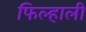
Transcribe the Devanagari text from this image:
फिल्हाली